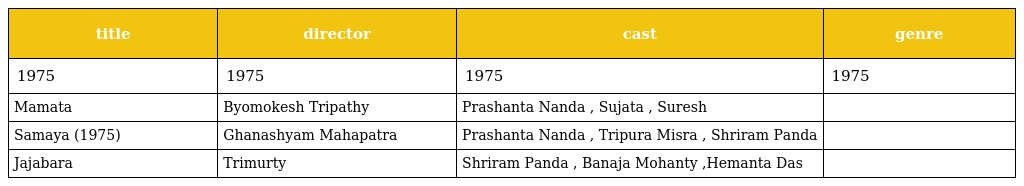
| title | director | cast | genre |
 | --- | --- | --- | --- |
 | 1975 | 1975 | 1975 | 1975 |
 | Mamata | Byomokesh Tripathy | Prashanta Nanda , Sujata , Suresh |  |
 | Samaya (1975) | Ghanashyam Mahapatra | Prashanta Nanda , Tripura Misra , Shriram Panda |  |
 | Jajabara | Trimurty | Shriram Panda , Banaja Mohanty ,Hemanta Das |  |